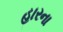
હારના